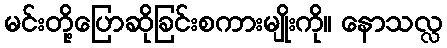
မင်းတို့ပြောဆိုခြင်းစကားမျိုးကို။ နောသလ္လ